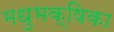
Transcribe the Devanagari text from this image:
मधुभक्षिका